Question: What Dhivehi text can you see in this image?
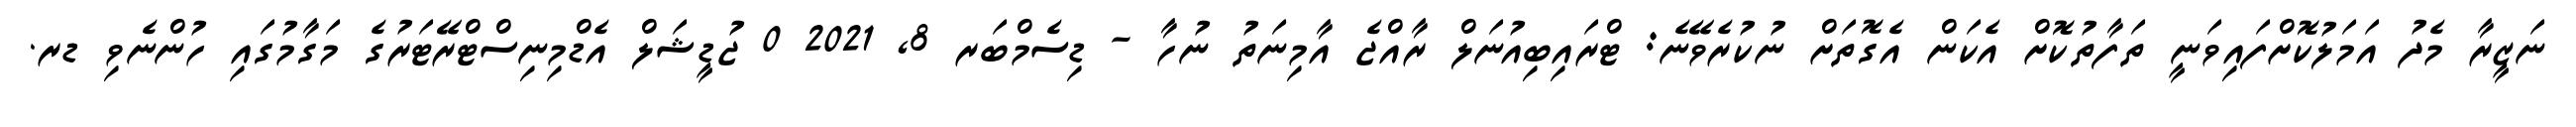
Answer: ނަޒީރާ މެދު އަމަލުކޮށްފައިވަނީ ތަފާތުކޮށް އެކަން އެގޮތަށް ނުކުރެވޭނެ: ޓްރައިބިއުނަލް ރާއްޖެ އާމިނަތު ނުހާ - ޑިސެމްބަރ 8, 2021 0 ޖުޑީޝަލް އެޑްމިނިސްޓްރޭޓަރުގެ މަގާމުގައި ހުންނެވި ޑރ.